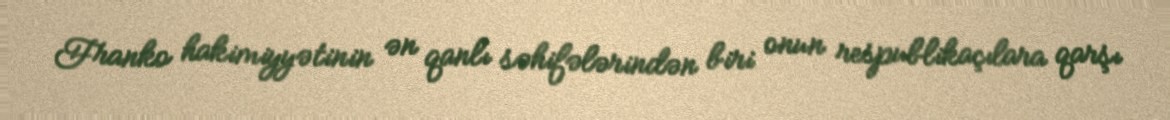
Franko hakimiyyətinin ən qanlı səhifələrindən biri onun respublikaçılara qarşı